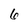
Character: 6